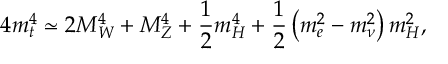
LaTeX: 4 m _ { t } ^ { 4 } \simeq 2 M _ { W } ^ { 4 } + M _ { Z } ^ { 4 } + { \frac { 1 } { 2 } } m _ { H } ^ { 4 } + { \frac { 1 } { 2 } } \left( m _ { e } ^ { 2 } - m _ { \nu } ^ { 2 } \right) m _ { H } ^ { 2 } ,